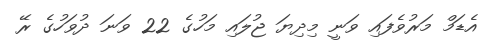
އެޑަމް މަރުވެފައި ވަނީ މިދިޔަ ޖުލައި މަހުގެ 22 ވަނަ ދުވަހުގެ ރޭ